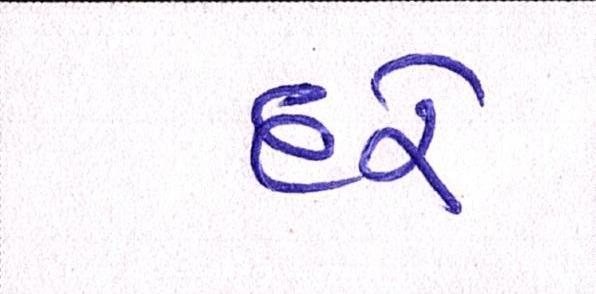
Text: દરે